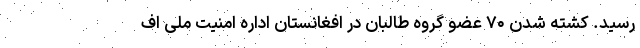
رسید. کشته شدن ۷۰ عضو گروه طالبان در افغانستان اداره امنیت ملی اف